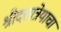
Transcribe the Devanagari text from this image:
श्रीदत्तात्रेयाचा